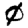
Digit: 0